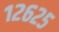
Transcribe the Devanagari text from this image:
१२६२५